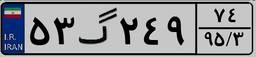
۵۳گ۲۴۹۷۴